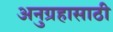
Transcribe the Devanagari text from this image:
अनुग्रहासाठी